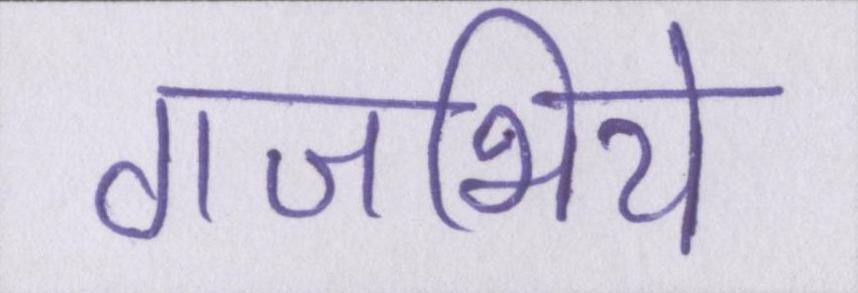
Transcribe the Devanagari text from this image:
गजभिये